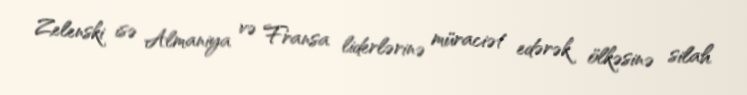
Zelenski isə Almaniya və Fransa liderlərinə müraciət edərək ölkəsinə silah